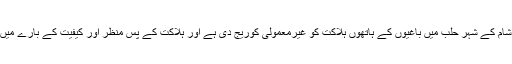
ایران کے ذرائع ابلاغ نے جنرل ہمدانی کی شام کے شہر حلب میں باغیوں کے ہاتھوں ہلاکت کو غیرمعمولی کوریج دی ہے اور ہلاکت کے پس منظر اور کیفیت کے بارے میں بھی مختلف واقعات بیان کیے جا رہے ہیں۔